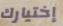
إختيارك